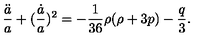
\frac { \ddot { a } } { a } + ( \frac { \dot { a } } { a } ) ^ { 2 } = - \frac { 1 } { 3 6 } \rho ( \rho + 3 p ) - \frac { q } { 3 } .